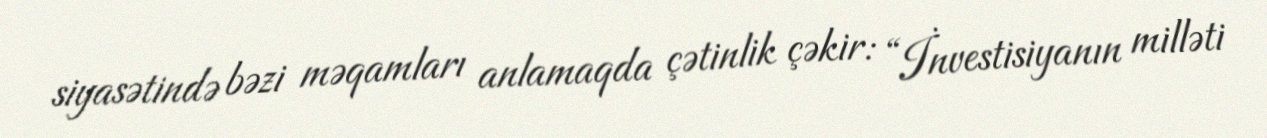
siyasətində bəzi məqamları anlamaqda çətinlik çəkir: “İnvestisiyanın milləti